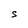
Character: S